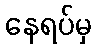
နေရပ်မှ